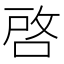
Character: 啓